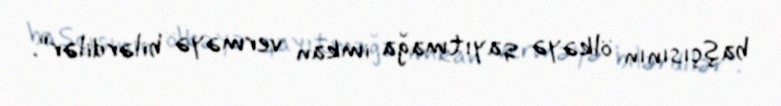
başçısının ölkəyə qayıtmağa imkan verməyə bilərdilər”.